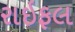
રાઇફલ